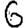
Digit: 6